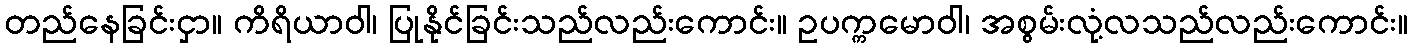
တည်နေခြင်းငှာ။ ကိရိယာဝါ၊ ပြုနိုင်ခြင်းသည်လည်းကောင်း။ ဥပက္ကမောဝါ၊ အစွမ်းလုံ့လသည်လည်းကောင်း။